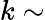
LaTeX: k\sim